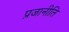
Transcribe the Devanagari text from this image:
प्रजानीति